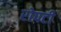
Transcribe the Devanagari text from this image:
रोपटी